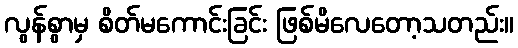
လွန်စွာမှ စိတ်မကောင်းခြင်း ဖြစ်မိလေတော့သတည်း။